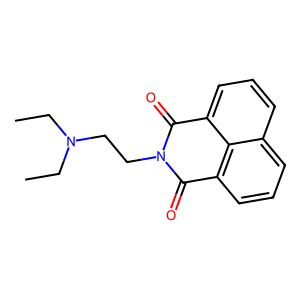
SMILES: CCN(CC)CCN1C(=O)c2cccc3cccc(c23)C1=O
Inhibits HIV replication: No